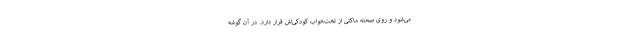
می‌شود و روی صحنه ماکتی از تخت‌خواب کودکی‌اش قرار دارد. در آن گوشه